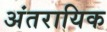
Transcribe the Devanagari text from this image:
अंतरायिक